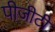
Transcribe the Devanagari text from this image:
पीजीटी